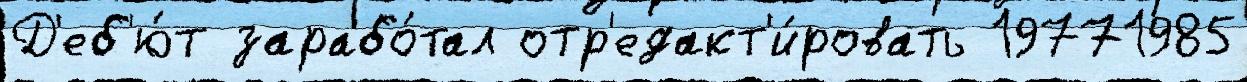
Д'еб'ю́т зарабо́тал отр'едакт'и́ровать 19771985